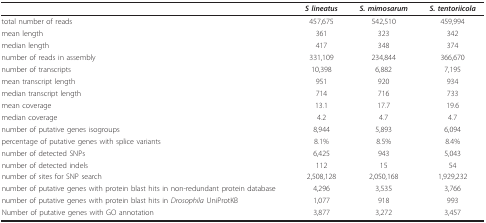
|  | S lineatus | S. mimosarum | S. tentoriicola |
 | --- | --- | --- | --- |
 | total number of reads | 457,675 | 542,510 | 459,994 |
 | mean length | 361 | 323 | 342 |
 | median length | 417 | 348 | 374 |
 | number of reads in assembly | 331,109 | 234,844 | 366,670 |
 | number of transcripts | 10,398 | 6,882 | 7,195 |
 | mean transcript length | 951 | 920 | 934 |
 | median transcript length | 714 | 716 | 733 |
 | mean coverage | 13.1 | 17.7 | 19.6 |
 | median coverage | 4.2 | 4.7 | 4.7 |
 | number of putative genes isogroups | 8,944 | 5,893 | 6,094 |
 | percentage of putative genes with splice variants | 8.1% | 8.5% | 8.4% |
 | number of detected SNPs | 6,425 | 943 | 5,043 |
 | number of detected indels | 112 | 15 | 54 |
 | number of sites for SNP search | 2,508,128 | 2,050,168 | 1,929,232 |
 | number of putative genes with protein blast hits in non-redundant protein database | 4,296 | 3,535 | 3,766 |
 | number of putative genes with protein blast hits in Drosophila UniProtKB | 1,077 | 918 | 993 |
 | Number of putative genes with GO annotation | 3,877 | 3,272 | 3,457 |